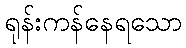
ရုန်းကန်နေရသော